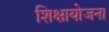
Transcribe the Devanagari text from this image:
शिक्षायोजना